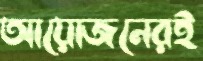
আয়োজনেরই